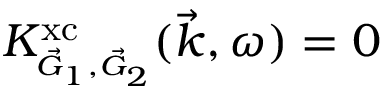
K _ { \scriptscriptstyle \vec { G } _ { 1 } , \vec { G } _ { 2 } } ^ { \mathrm { x c } } ( \vec { k } , \omega ) = 0